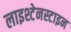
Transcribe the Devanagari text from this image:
लाइश्टेनस्टाइन